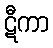
ဋီကာ